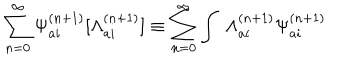
LaTeX: \sum _ { n = 0 } ^ { \infty } { \Psi } _ { a i } ^ { ( n + 1 ) } [ { \Lambda } _ { a i } ^ { ( n + 1 ) } ] \equiv \sum _ { n = 0 } ^ { \infty } \int \ { \Lambda } _ { a i } ^ { ( n + 1 ) } { \Psi } _ { a i } ^ { ( n + 1 ) }